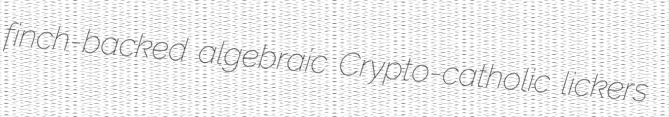
finch-backed algebraic Crypto-catholic lickers